DOW-UAP-D65, Mission Report, Persian Gulf, July 2020
Agency: Department of War
Incident date: 7/16/20
Incident location: Persian Gulf
Page 8
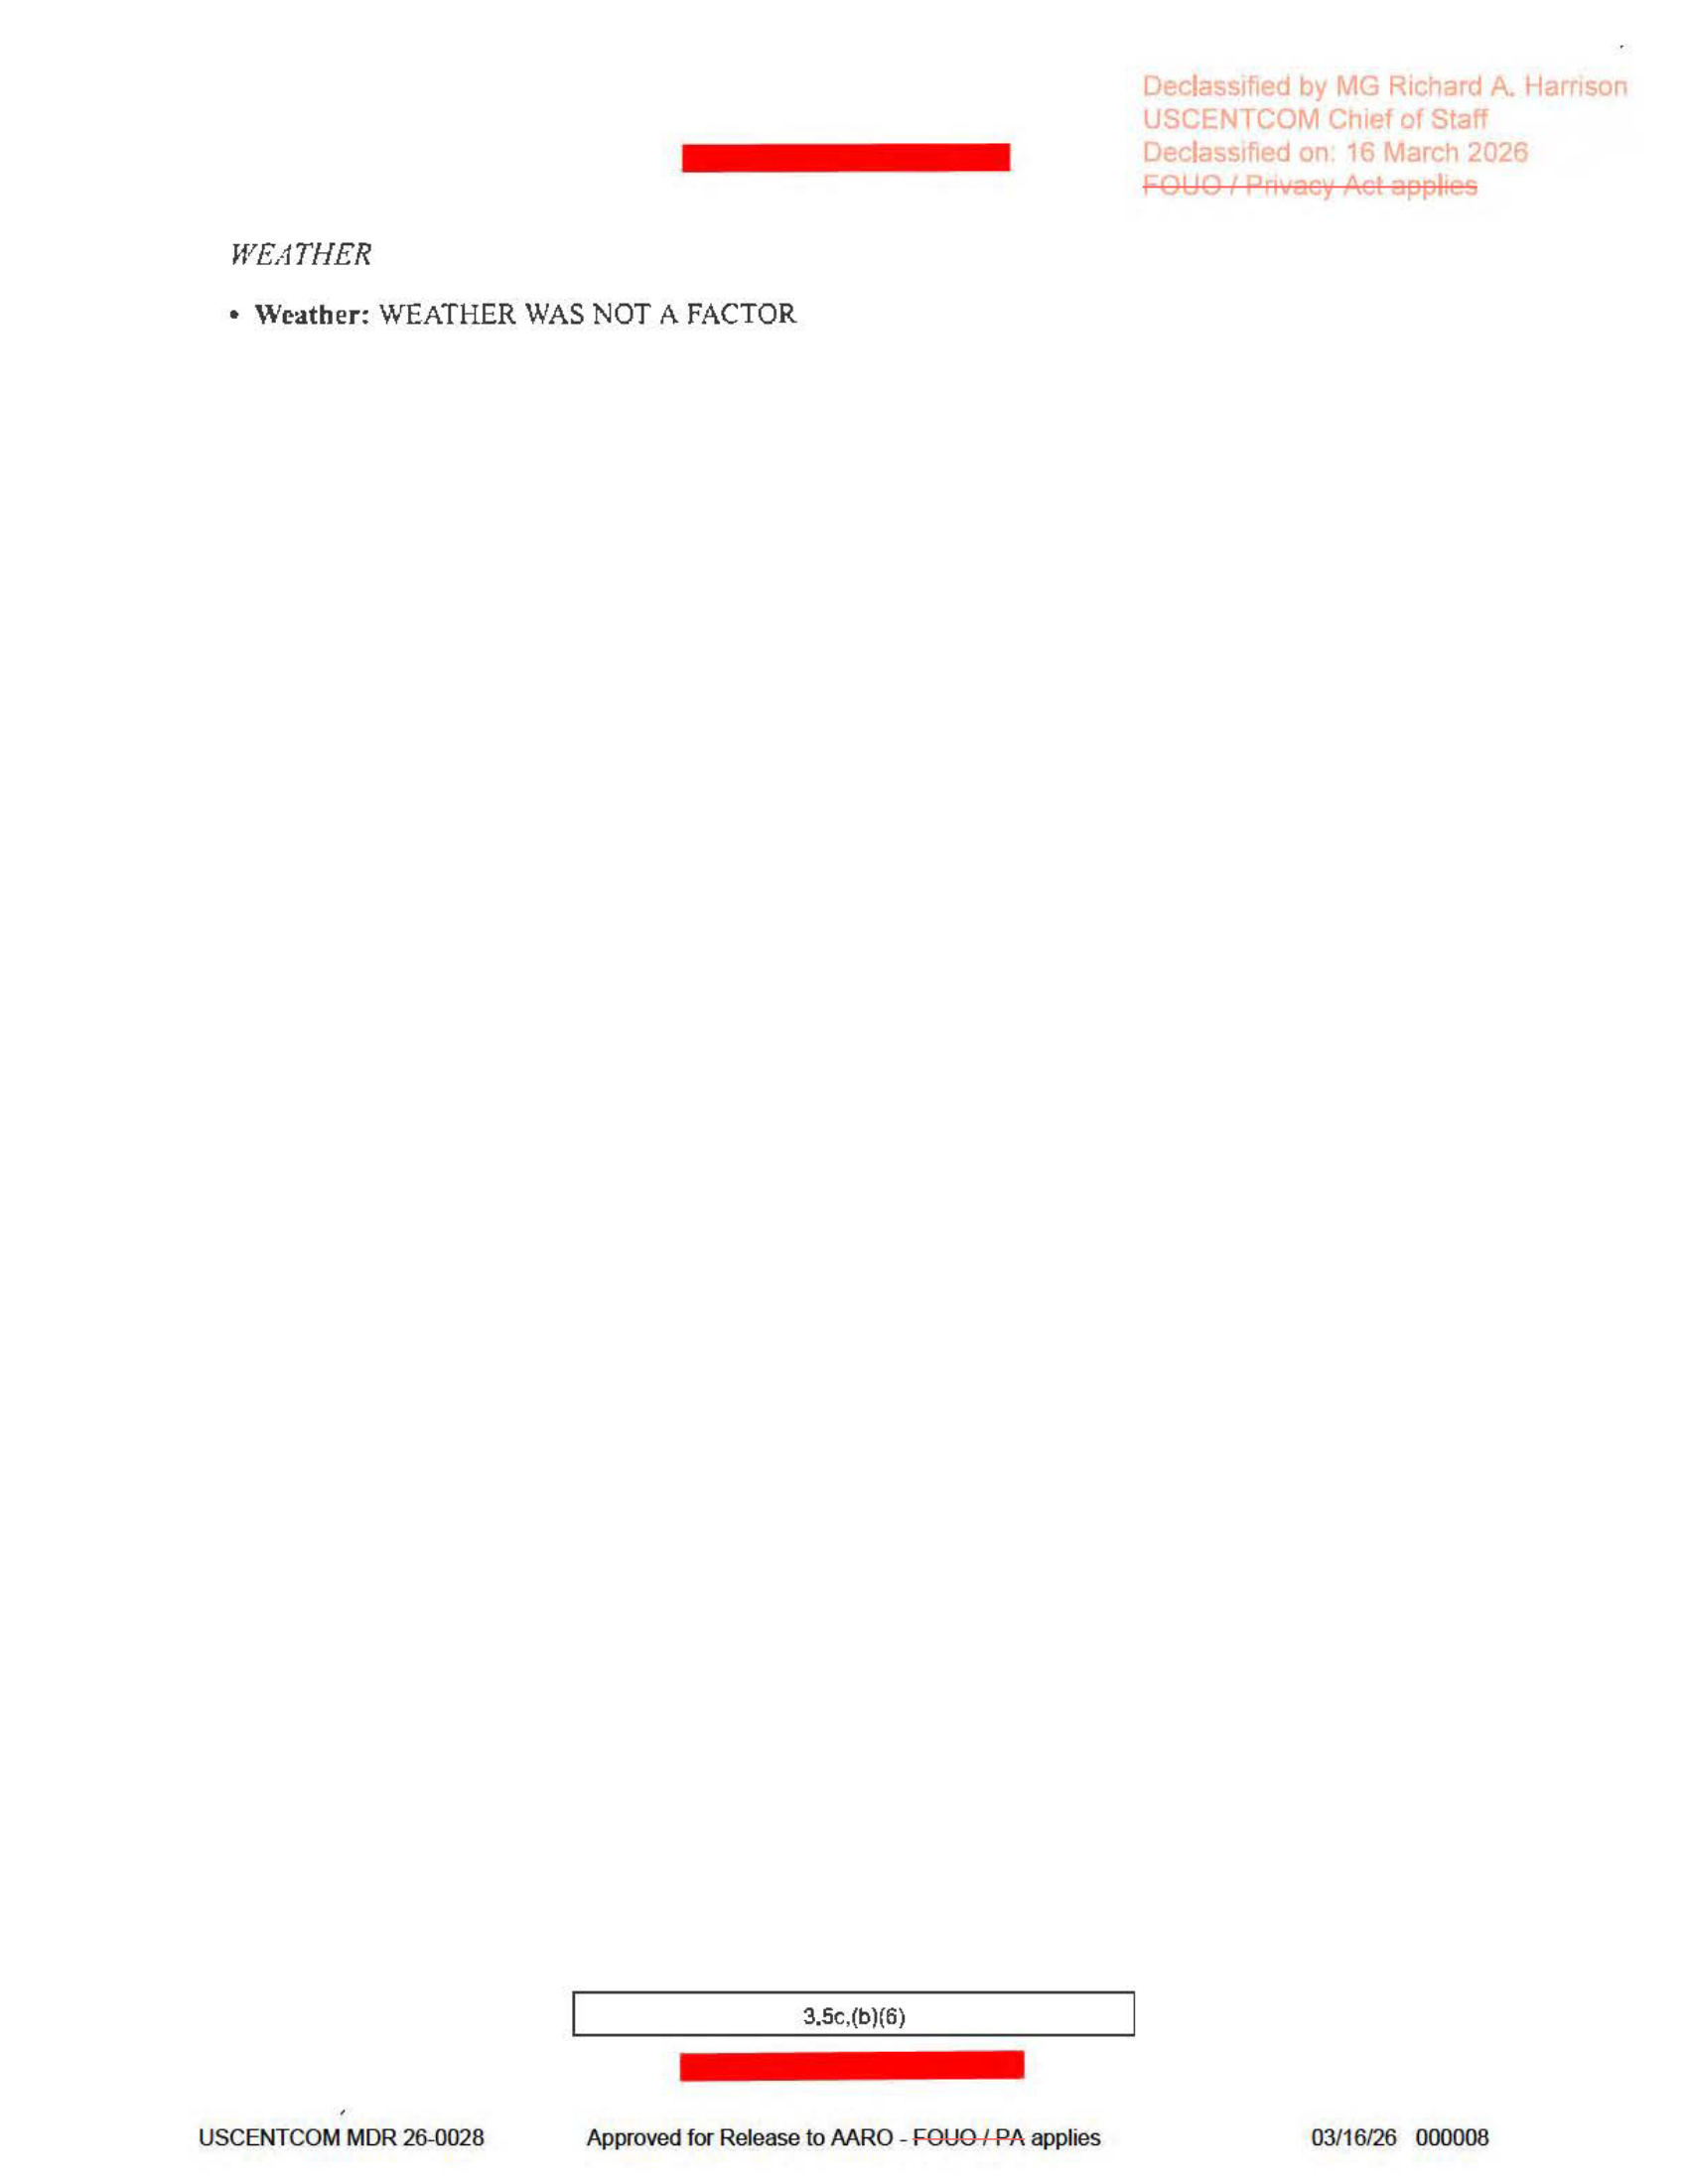